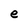
Character: e